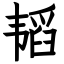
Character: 韬